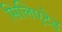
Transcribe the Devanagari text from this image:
सिलिएटेड